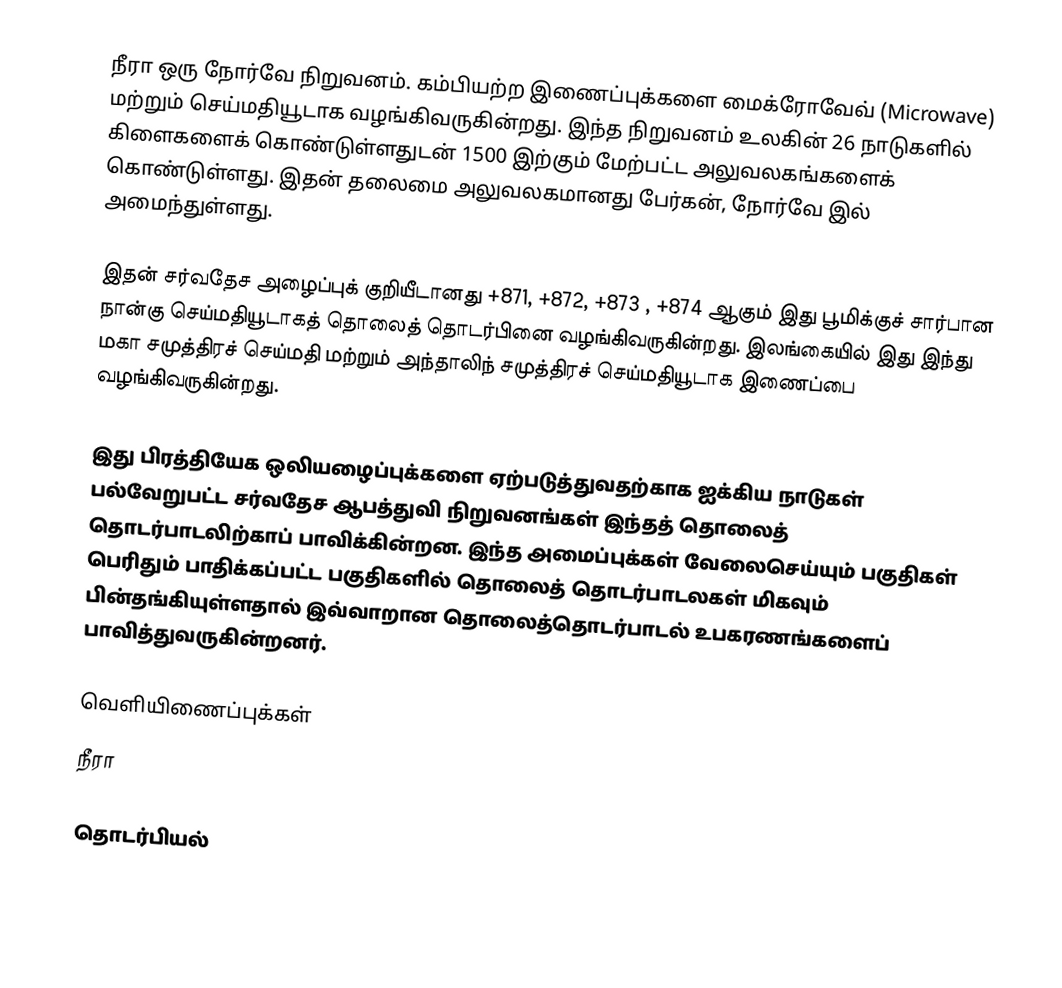
நீரா ஒரு நோர்வே நிறுவனம். கம்பியற்ற இணைப்புக்களை மைக்ரோவேவ் (Microwave) மற்றும் செய்மதியூடாக வழங்கிவருகின்றது. இந்த நிறுவனம் உலகின் 26 நாடுகளில் கிளைகளைக் கொண்டுள்ளதுடன் 1500 இற்கும் மேற்பட்ட அலுவலகங்களைக் கொண்டுள்ளது. இதன் தலைமை அலுவலகமானது பேர்கன், நோர்வே இல் அமைந்துள்ளது.

இதன் சர்வதேச அழைப்புக் குறியீடானது +871, +872, +873 , +874  ஆகும் இது பூமிக்குச் சார்பான நான்கு செய்மதியூடாகத் தொலைத் தொடர்பினை வழங்கிவருகின்றது. இலங்கையில் இது இந்து மகா சமுத்திரச் செய்மதி மற்றும் அந்தாலிந் சமுத்திரச் செய்மதியூடாக இணைப்பை வழங்கிவருகின்றது.

இது பிரத்தியேக ஒலியழைப்புக்களை ஏற்படுத்துவதற்காக ஐக்கிய நாடுகள் பல்வேறுபட்ட சர்வதேச ஆபத்துவி நிறுவனங்கள் இந்தத் தொலைத் தொடர்பாடலிற்காப் பாவிக்கின்றன. இந்த அமைப்புக்கள் வேலைசெய்யும் பகுதிகள் பெரிதும் பாதிக்கப்பட்ட பகுதிகளில் தொலைத் தொடர்பாடலகள் மிகவும் பின்தங்கியுள்ளதால் இவ்வாறான தொலைத்தொடர்பாடல் உபகரணங்களைப் பாவித்துவருகின்றனர்.

வெளியிணைப்புக்கள்
நீரா

தொடர்பியல்